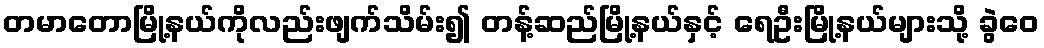
တမာတောမြို့နယ်ကိုလည်းဖျက်သိမ်း၍ တန့်ဆည်မြို့နယ်နှင့် ရေဦးမြို့နယ်များသို့ ခွဲဝေ